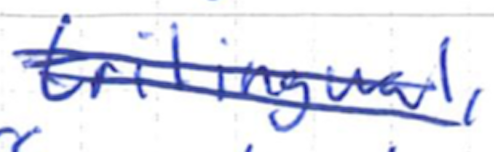
Text: trilingual,
Cross-out: mix
Writing tool: ballpoint